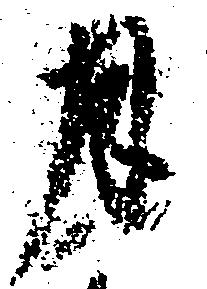
月